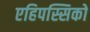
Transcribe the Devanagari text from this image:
एहिपस्सिको